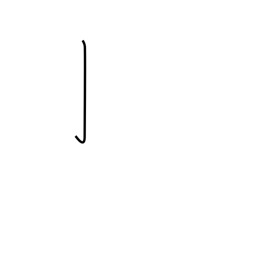
Meaning: barb radical (no. 6)